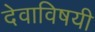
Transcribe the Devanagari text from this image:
देवाविषयी